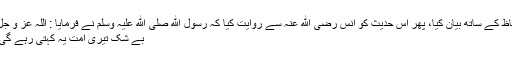
پھر دوسرے الفاظ کے ساتھ بيان کيا، پھر اس حدیث کو انس رضی الله عنہ سے روایت کیا کہ رسول الله صلى الله علیہ وسلم نے فرمایا : اللہ عزّ و جلّ کا فرمان ہے:
بے شک تیری امت یہ کہتی رہے گی کہ یہ كيا ہے؟